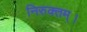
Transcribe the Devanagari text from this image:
निरुक्तम्।